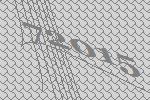
72015